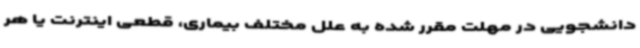
دانشجویی در مهلت مقرر شده به علل مختلف بیماری، قطعی اینترنت یا هر